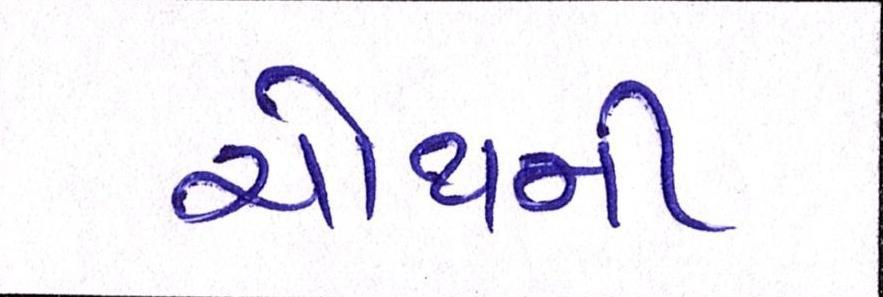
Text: ચોથની